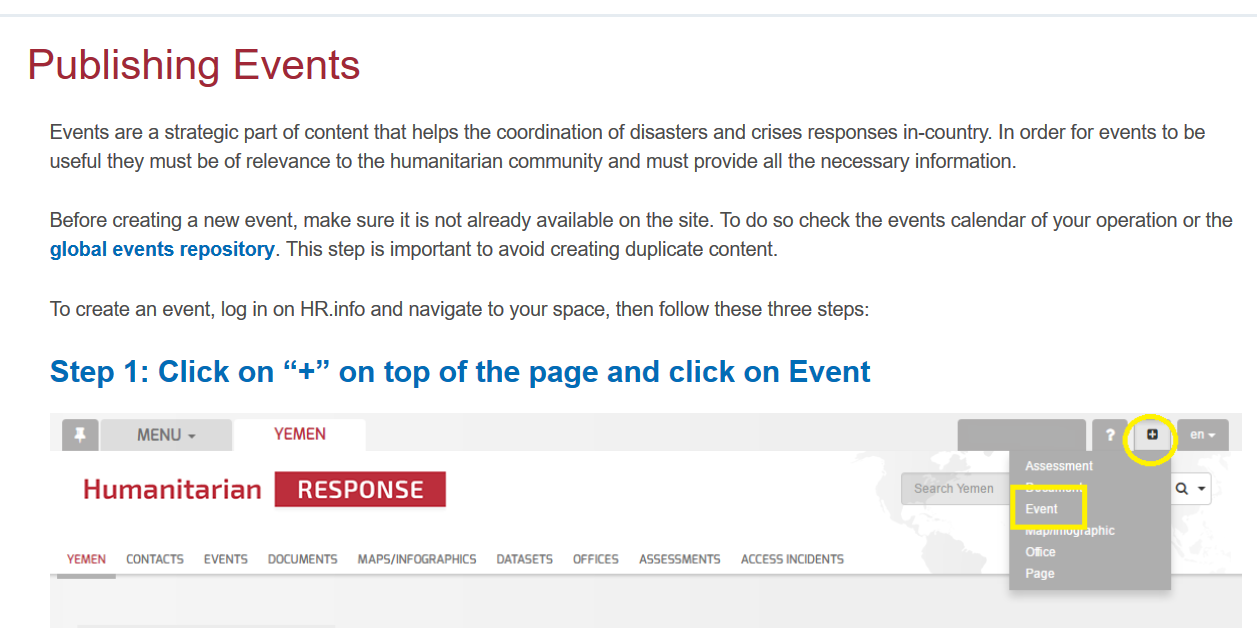
Events are a strategic part of content that helps the coordination of disasters and crises responses in-country. In order for events to be
     useful they must be of relevance to the humanitarian community and must provide all the necessary information.
     Before creating a new event, make sure it is not already available on the site. To do so check the events calendar of your operation or the
     global events repository. This step is important to avoid creating duplicate content.
     MENU ~
     YEMEN
     Humanitarian    9iiSeNy3
     YEMEN CONTACTS EVENTS DOCUMENTS MAPS/INFOGRAPHICS DATASETS OFFICES ASSESSMENTS ACCESS INCIDENTS
     ee
     Event
     Senn
     or
     cry
     Step   1: Click   on   “+”   on  top   of the   page and    click  on   Event
    Publishing    Events
     To create an event, log in on HR.info and navigate to your space, then follow these three steps: